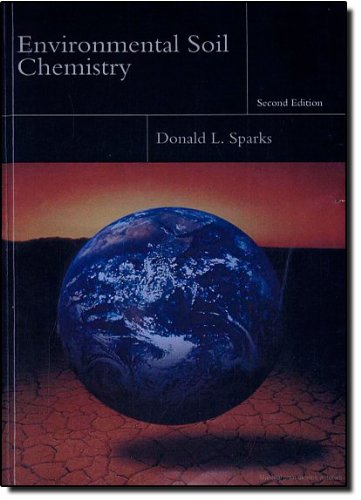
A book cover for Environmental Soil Chemistry, Second Edition; Donald L. Sparks; Science & Math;